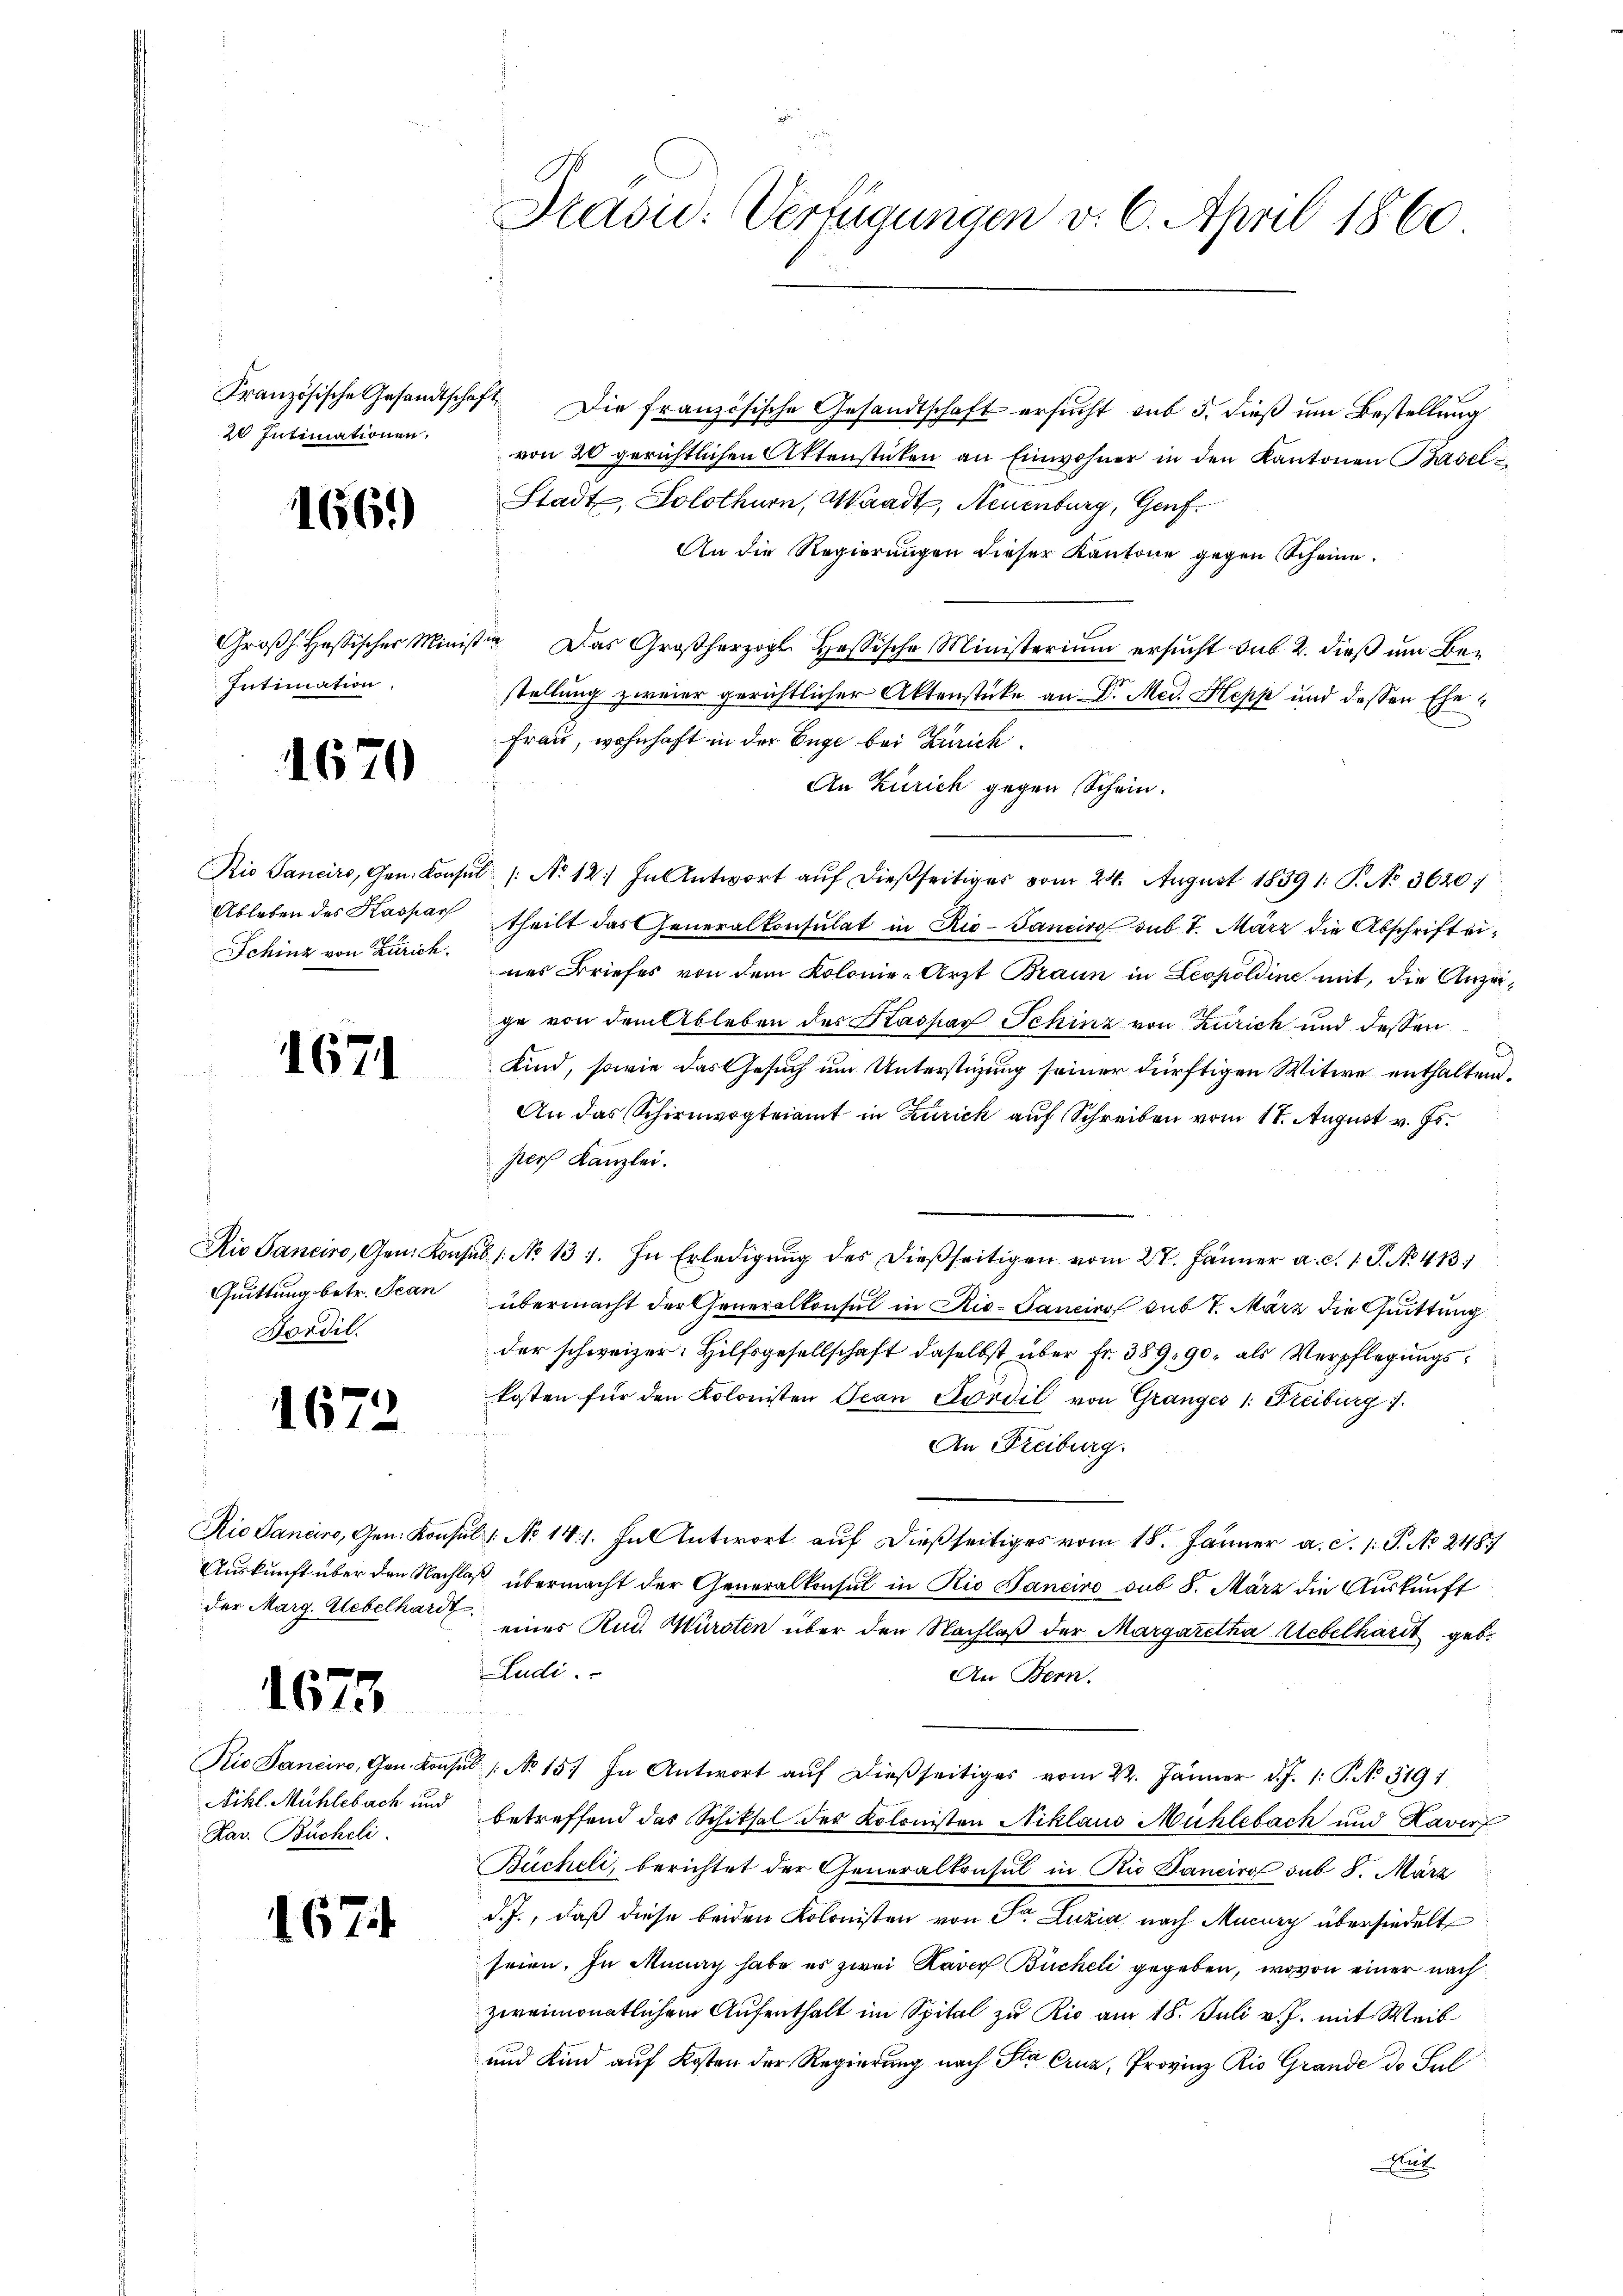
20 Intimationen,

1669

Intimation.

1670

Ableben des Kaspar
Schinz von Zürich.

1671

Quittung betr. Scan
Dordil.

1672

Rio Sanciro, Gen. Konsu
Auskunft über den Nacht
der Marg. Uebelhardt

1673

Rie Janeiro, Gen. Kon¬
Nikl. Mühlebach und
Kar. Bücheli

167

Käsic: Verfügungen v. 6. April 1860

Französische Gesandtschaft Die französische Gesandtschaft ersucht sub 5. dieß um Bestellung
von 20 gerichtlichen Aktenstücken an Einwohner in den Kantonen Basel
Stadt, Solothurn, Waadt, Neuenburg, Genf.
An die Regierungen dieser Kantone gegen Scheine.
Groβh. Hassischer Minister. Das Großherzogl. Hassische Ministeriŭm ersŭcht sub 2. dieβ ŭm Be-
stellung zweier gerichtlicher Aktenstücke an Dr. Med. Hepp und dessen Ehe¬
Frau, wohnhaft in der Enge bei Zürich
An Zürich gegen Schein.
Nio Sancirs, Gen. Konsul /: No 12. In Antwort aŭf dießseitiges vom 24. August 18391. P. No. 3620)
theilt das Generalkonsulat in Rio-Ganciro sub 7. März die Abschrift eines Briefes von dem Kolonie-Arzt Braun in Leopoldine mit, die Anzeige von dem Ableben des Kaspar Schinz von Zürich und dessen
Kind, sowie das Gesuch um Unterstüzung seiner dürftigen Witwe enthaltend,
An das Schirmogteiamt in Zürich auf Schreiben vom 18. August v. Js.
porf Kanzlei.
Die Sanciro, Gen. Konsul /: No 131. In Erledigŭng des dießseitigen vom 27. Jänner a. c. 1 S. No. 413
übermacht der Generalkonsul in Rio-Gancier sub 7. März die Quittung
der schweizer: Hilfsgesellschaft daselbst über Fr. 389, 90, als Verpflegungskosten für den Kolonisten Jean Fördil von Granges 1. Freiburg
An Freiburg.
ul: No 141. In Antwort auf dießseitiges vom 18. Jänner a.c. s. S. No. 2487
laß übermacht der Generalkonsul in Rio Janeiro sub 8. März die Auskunft
t
eines Rud. Würsten über den Nachlaß der Margaretha Uebelhardt geb.
Ludi.
An Bern.
.
ub No 15. In Antwort auf dießseitiges vom 22. Jänner d. J. 1: P. No. 319.
betreffend das Schiksal der Kolonisten Niklaus Mühlebach und Kaver
Bücheli, berichtet der Generalkonsul in Nie Tanciro sub 8. März
d. J., daß diese beiden Kolonisten von Sr. Luzia nach Mucury übersiedelt
seien. In Munach habe es zwei Nadorf Bücheli gegeben, wovon einer nach
zweimonatlichem Aufenthalt im Spital zu Rio am 18. Juli v. J. mit Weib
und Kind auf Kosten der Regierung nach die Cruz, Provinz Rio Grande de Sul
ut